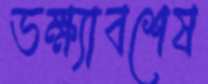
ভক্ষ্যাবশেষ